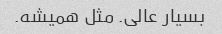
بسیار عالی. مثل همیشه.